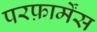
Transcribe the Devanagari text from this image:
परफ़ार्मेंस